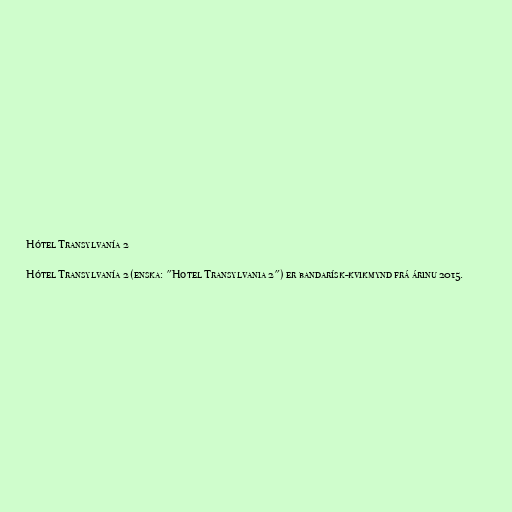
Hótel Transylvanía 2

Hótel Transylvanía 2 (enska: "Hotel Transylvania 2") er bandarísk-kvikmynd frá árinu 2015.